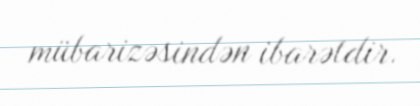
mübarizəsindən ibarətdir.